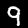
Digit: 9